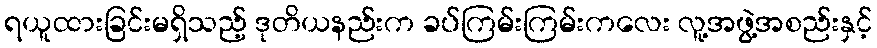
ရယူထားခြင်းမရှိသည့် ဒုတိယနည်းက ခပ်ကြမ်းကြမ်းကလေး လူ့အဖွဲ့အစည်းနှင့်